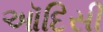
ઑદિસી